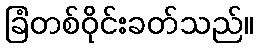
ခြံတစ်ဝိုင်းခတ်သည်။